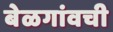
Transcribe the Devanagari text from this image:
बेळगांवची